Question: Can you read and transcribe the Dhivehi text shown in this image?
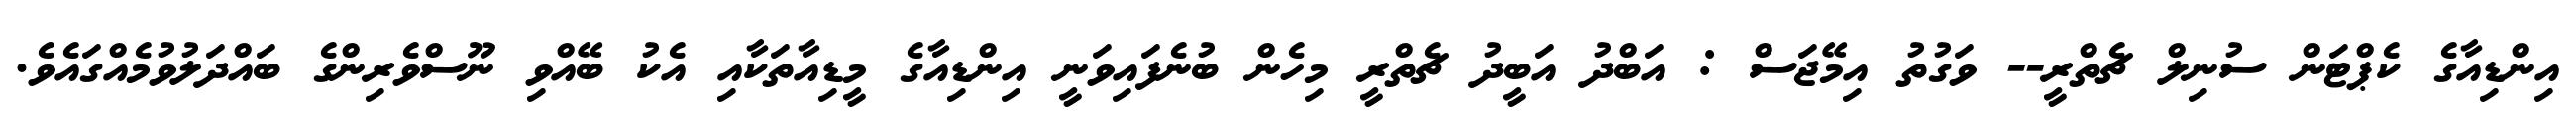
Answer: އިންޑިއާގެ ކެޕްޓަން ސުނިލް ޗެތްރީ-- ވަގުތު އިމޭޖަސް : އަބްދު އަބީދު ޗެތްރީ މިހެން ބުނެފައިވަނީ އިންޑިއާގެ މީޑިއާތަކާއި އެކު ބޭއްވި ނޫސްވެރިންގެ ބައްދަލުވުމެއްގައެވެ.